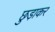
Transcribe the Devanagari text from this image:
छुडा़कर